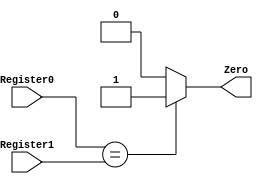
module Equals
(
	input [31:0] Register0,
	input [31:0] Register1,
	
	output reg Zero
);

always@(*) begin
	if(Register0 == Register1)
		Zero <= 1;
	else	
		Zero <= 0;
end

endmodule